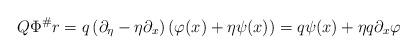
LaTeX: \begin{align*}Q \Phi^\# r = q\left(\partial_\eta - \eta \partial_x\right)\left(\varphi(x) + \eta\psi(x)\right) = q\psi(x) + \eta q\partial_x\varphi\end{align*}